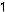
1